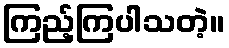
ကြည့်ကြပါသတဲ့။